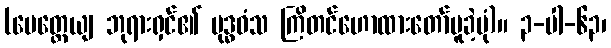
(မေတ္တေယျ ဘုရားရှင်၏ ဗုဒ္ဓဝံသ ကြိတင်ဟောထားတော်မူခဲ့ပုံ)။ ၃-ပါ-၆၃၊